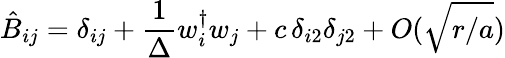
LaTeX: \hat{B}_{ij}=\delta_{ij}+{\frac{1}{\Delta}}w_{i}^{\dagger}w_{j}+c\, \delta_{i2}\delta_{j2}+O(\sqrt{r/a})